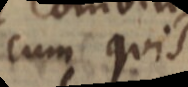
cum quis